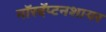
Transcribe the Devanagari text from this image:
नॉरदॅप्टनशायर